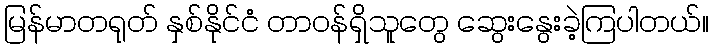
မြန်မာတရုတ် နှစ်နိုင်ငံ တာဝန်ရှိသူတွေ ဆွေးနွေးခဲ့ကြပါတယ်။